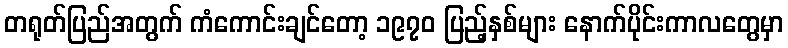
တရုတ်ပြည်အတွက် ကံကောင်းချင်တော့ ၁၉၇၀ ပြည့်နှစ်များ နောက်ပိုင်းကာလတွေမှာ